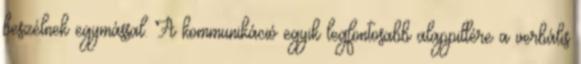
beszélnek egymással. A kommunikáció egyik legfontosabb alappillére a verbális